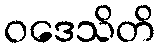
ဝဒေသိတိ